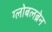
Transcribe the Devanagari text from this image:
ग्लोबलब्रेन